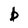
Character: b